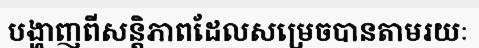
បង្ហាញពីសន្តិភាពដែលសម្រេចបានតាមរយៈ